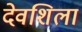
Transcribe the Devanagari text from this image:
देवशिला